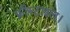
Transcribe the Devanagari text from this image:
फ्रीस्टाइल।